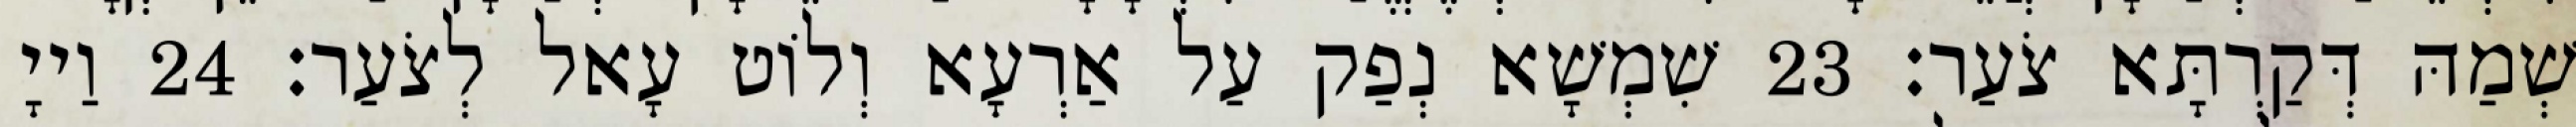
שְׁמַהּ דְּקַרְתָּא צֹעַר׃ 23 שִׁמְשָׁא נְפַק עַל אַרְעָא וְלוֹט עָאל לְצֹעַר׃ 24 וַייָ